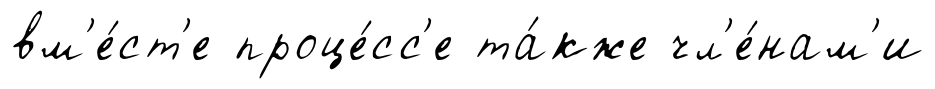
вм'е́ст'е проце́сс'е та́кже чл'е́нам'и